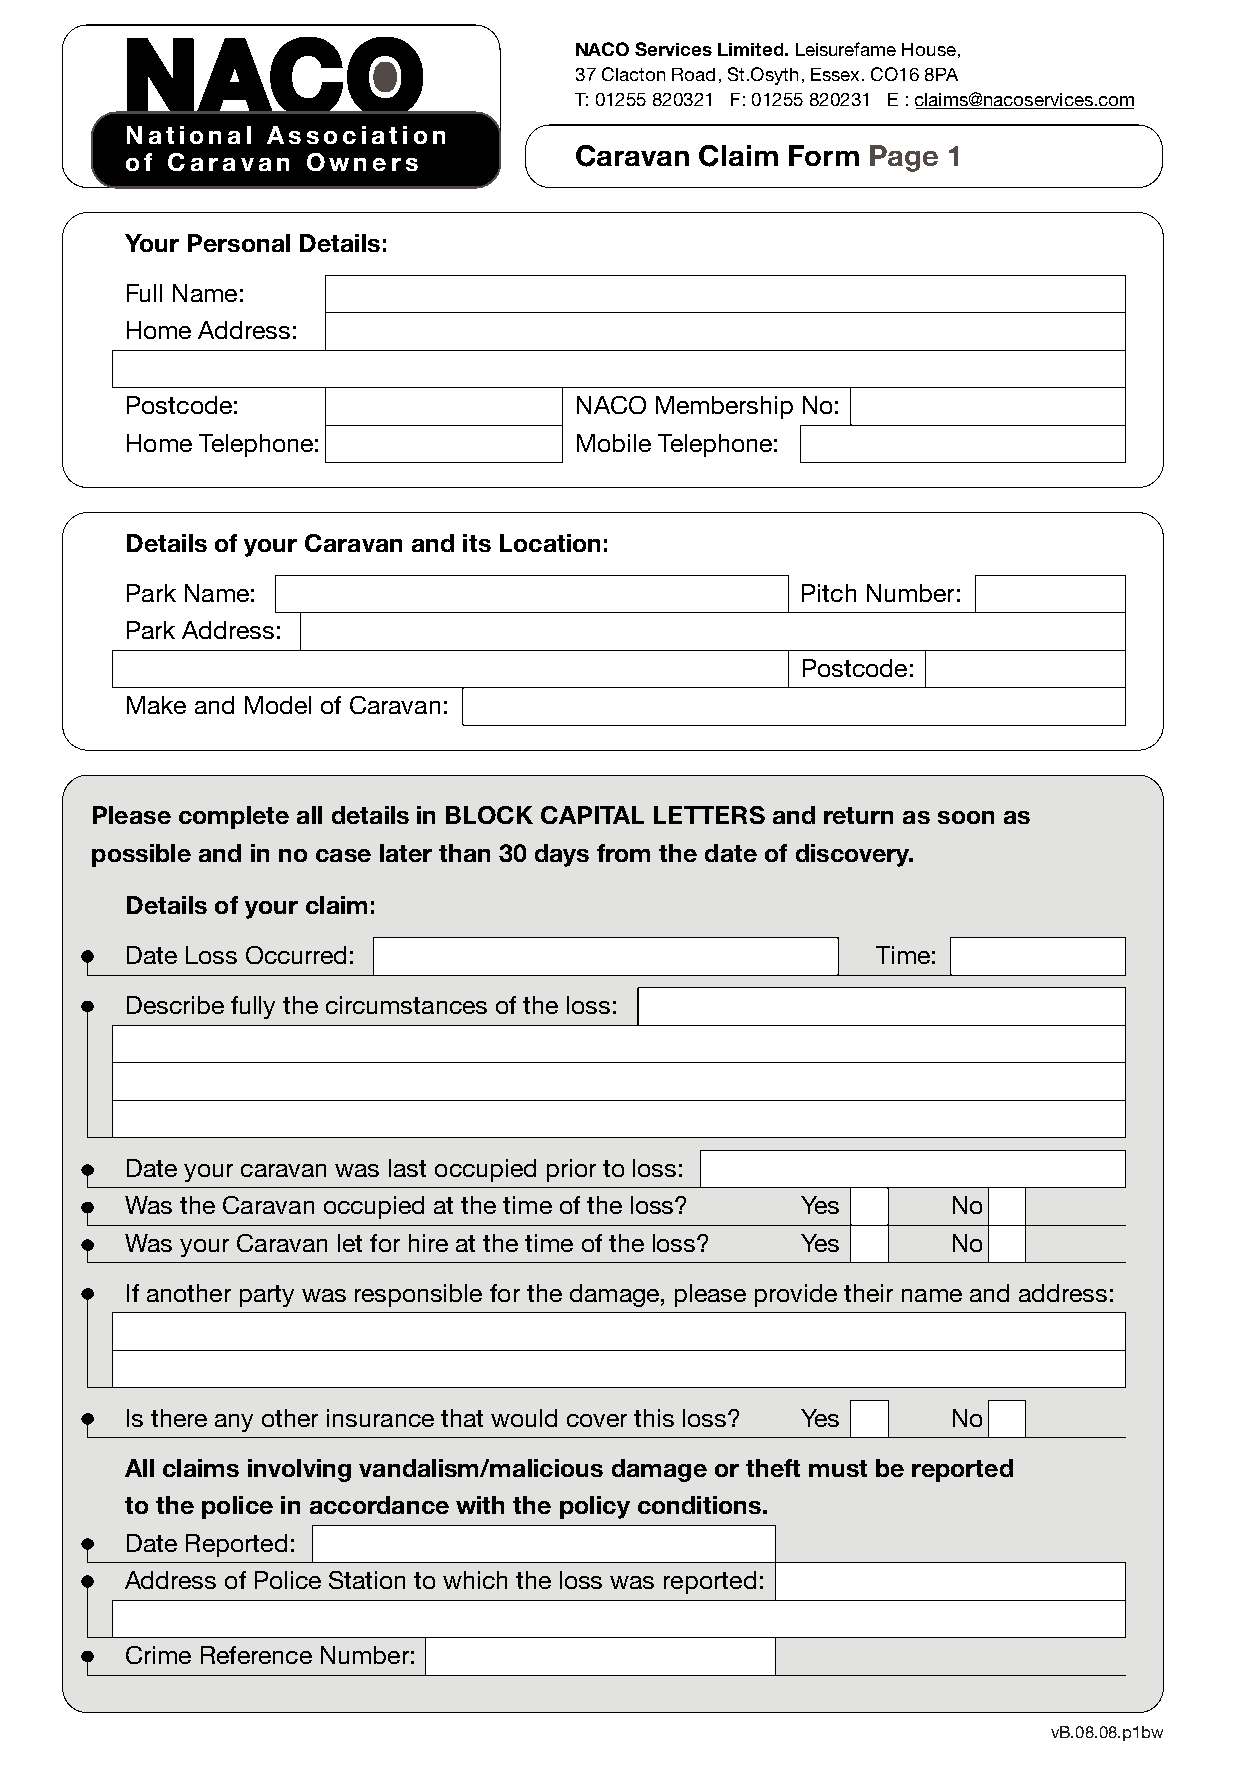
NACO Services Limited. Leisurefame House,
 37 Clacton Road, St.Osyth, Essex. CO16 8PA
 T: 01255 820321 F: 01255 820231 E : claims@nacoservices.com
 National  Association
 Caravan Claim Form Page  1
 of Caravan  Owners
 Your Personal Details:
 Full Name:
 Home Address:
 Postcode:                     NACO Membership No:
 Home Telephone:               Mobile Telephone:
 Details of your Caravan and its Location:
 Park Name:                                   Pitch Number:
 Park Address:
 Postcode:
 Make and Model of Caravan:
 Please complete all details in BLOCK CAPITAL LETTERS and return as soon as
 possible and in no case later than 30 days from the date of discovery.
 Details of your claim:
 Date Loss Occurred:                               Time:
 Describe fully the circumstances of the loss:
 Date your caravan was last occupied prior to loss:
 Was the Caravan occupied at the time of the loss? Yes  No
 Was your Caravan let for hire at the time of the loss? Yes No
 If another party was responsible for the damage, please provide their name and address:
 Is there any other insurance that would cover this loss? Yes No
 All claims involving vandalism/malicious damage or theft must be reported
 to the police in accordance with the policy conditions.
 Date Reported:
 Address of Police Station to which the loss was reported:
 Crime Reference Number:
 vB.08.08.p1bw